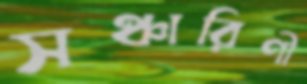
সঞ্চারিণী